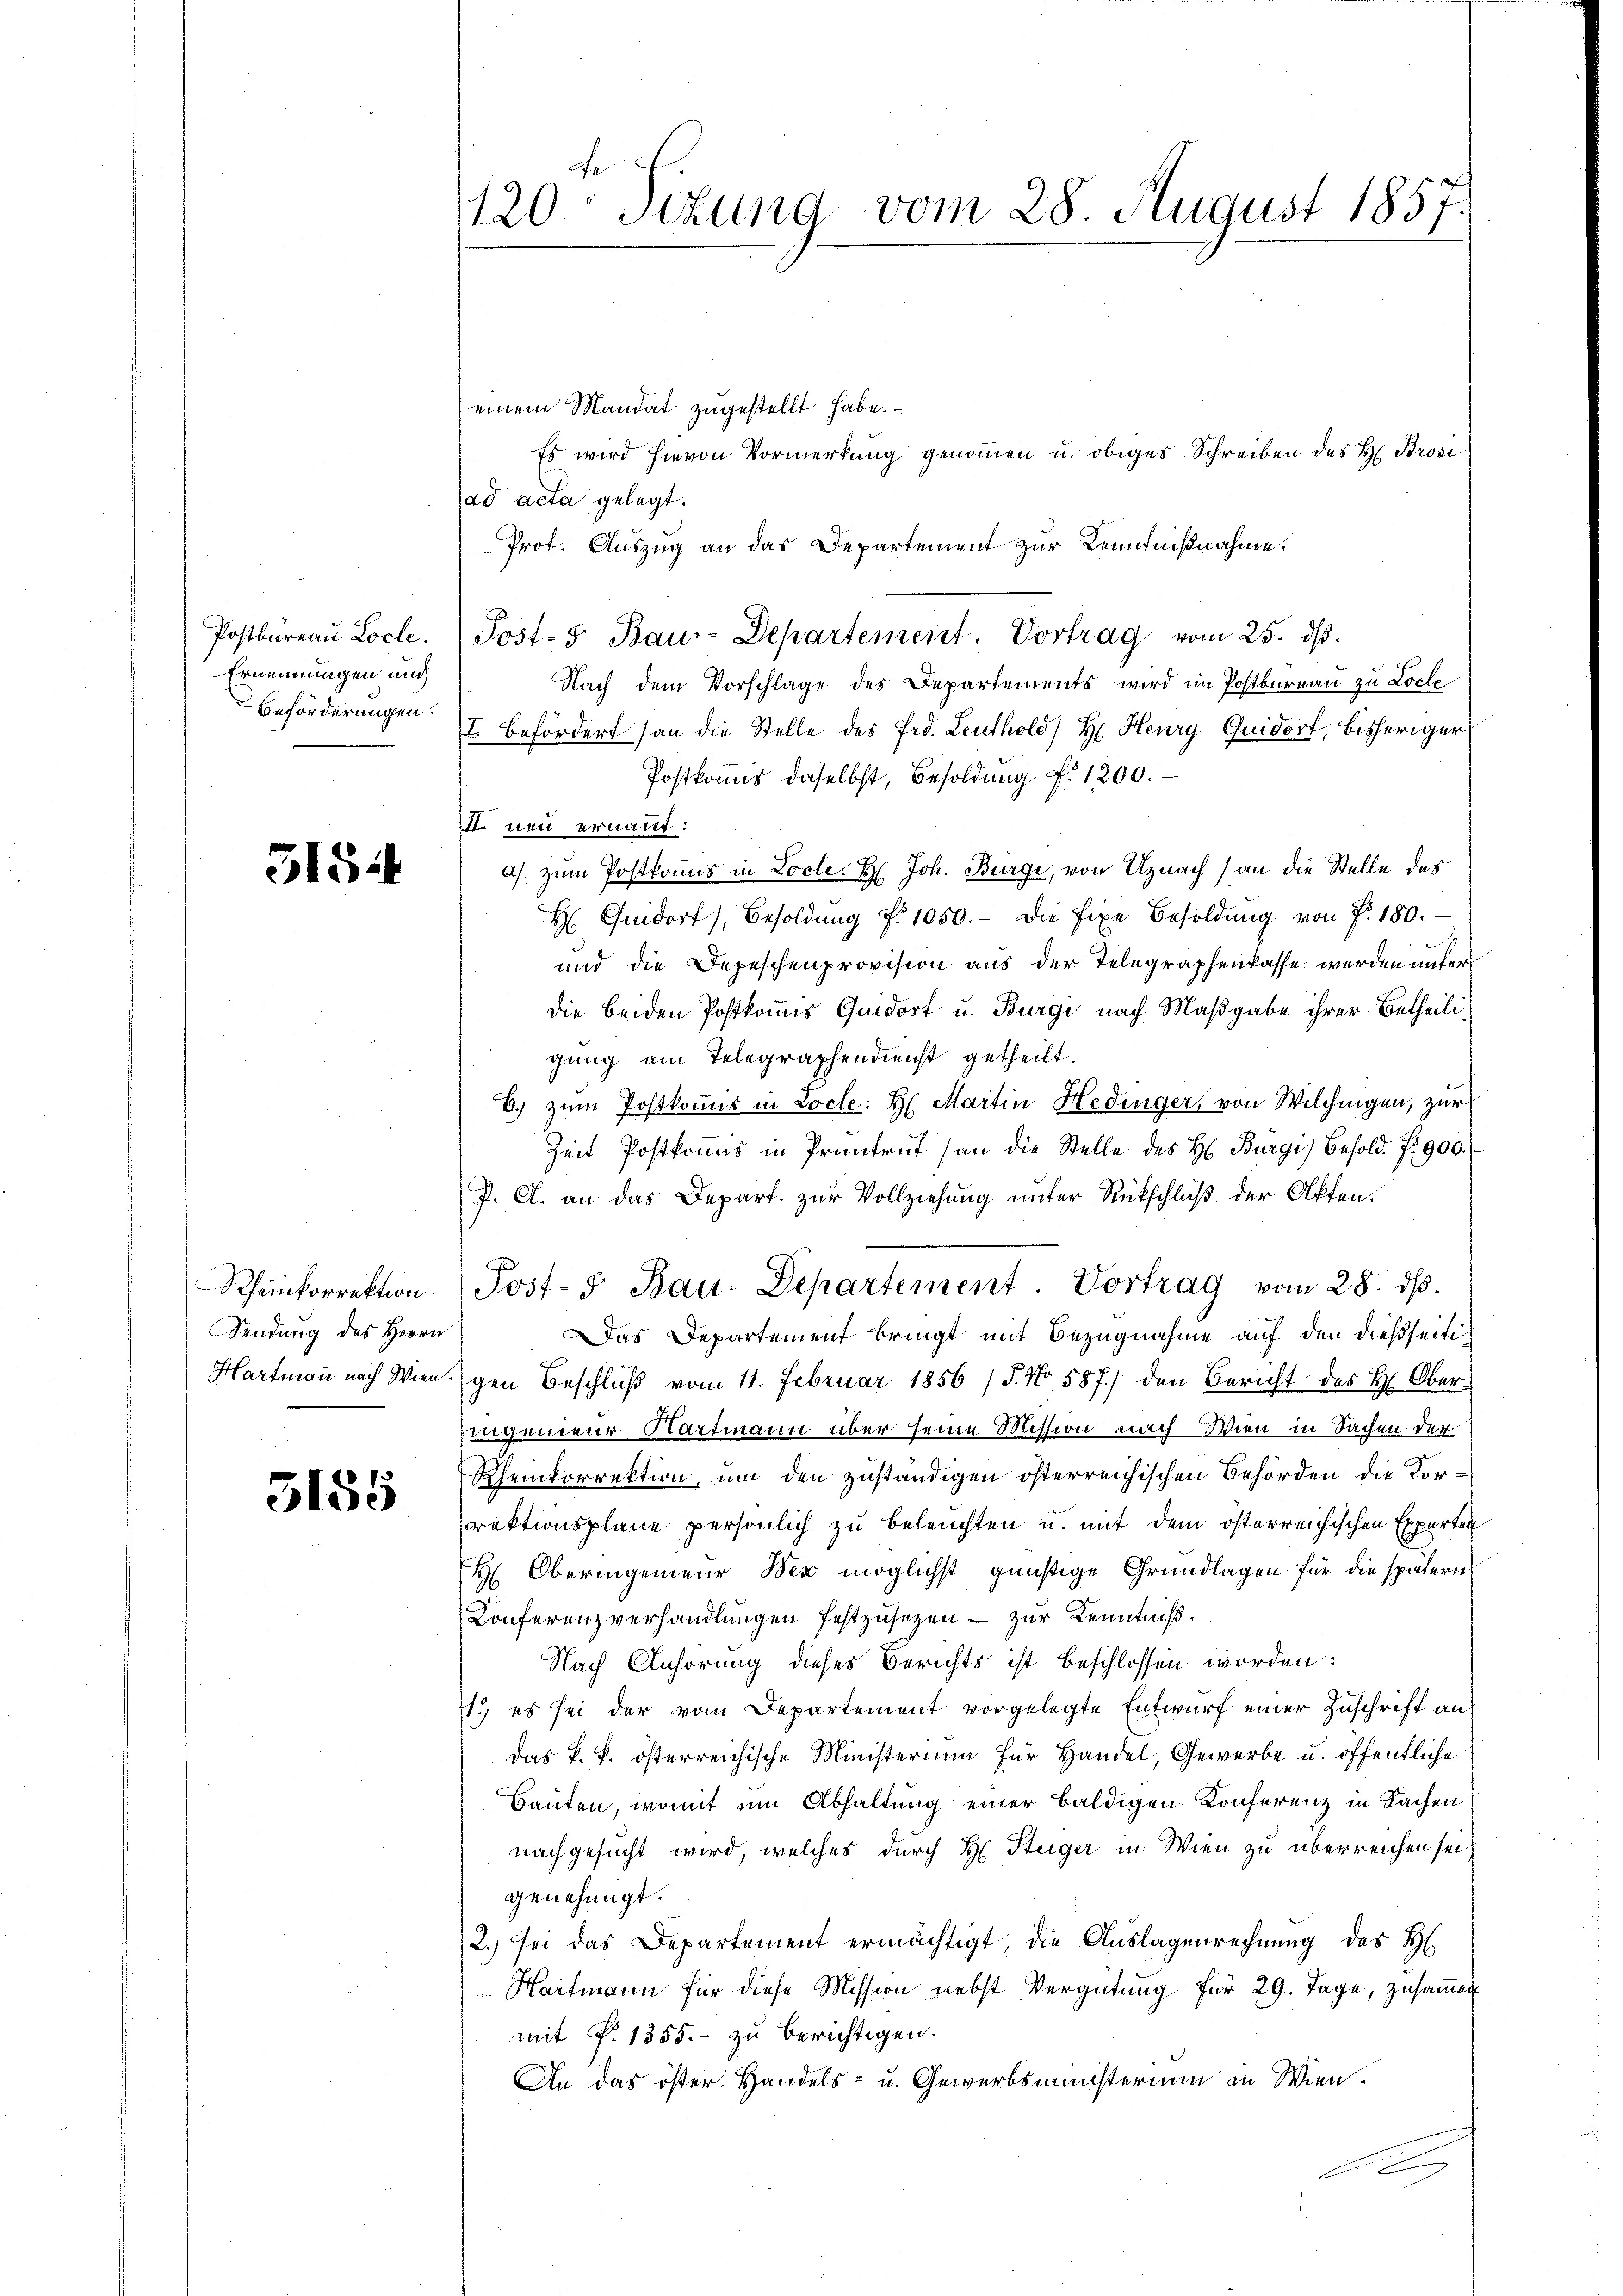
Ernennungen auch
Beförderungen.

5154

Prof. Auszug an das Departement zur Kenntnißnahme.
Postbüreaŭ Loche. Post-5 Bau-Departement. Vortrag vom 25. dβ.
Nach dem Vorschlage des Departements wird im Postbureau zu Loche
I Befördert an die Stelle des Prd. Leuthold H. Heury Quidort, bisheriger
Postkommis daselbst, Besoldung f. 1200.
II. neu ernannt:
a) zum Postkommis in Locle. H. Joh. Bürgi, von Uznach an die Stelle des
H. Quidorf), Besoldŭng No 1050.- Die fixe Besoldŭng von Fr. 180.
und die Depeschenprovision aus der Telegraphenkasse werden unter
die beiden Postkommis Quidort u. Bürgi nach Maßgabe ihrer Betheiligung am Telegraphendienst getheilt.
6. zum Postkommis in Locle: H. Martin Hedinger, von Wilchingen, zur
Zeit Postkoṁis in Prüntrŭf (an die Stelle des H. Bürgi) Besold. P. 900.
P. C. an das Depart. zur Vollziehung unter Rückschluß der Akten.
Das Departement bringt mit Bezugnahme auf den dießseiti¬
Hartmaṅ nach Wien gen Beschlŭβ vom 11. Februar 1856 /5. No. 587.) den Bericht des H. Ober-
Eingenieur Hartmann über seine Mission nach Wien in Sachen der
Rheinkorrektion, um den zuständigen österreichischen Behörden die Korrektionsplane persönlich zu beleuchten u. mit dem österreichischen Experten
H Oberingenieur der möglichst günstige Grundlagen für die spätern
Konferenzverhandlungen festzusetzen – zur Kenntniß.
Nach Anhörung dieses Berichts ist beschlossen worden:
1.) es sei der vom Departement vorgelegte Entwurf einer Zuschrift an
Das k. k. österreichische Ministerium für Handel, Gewerbe u. öffentliche
Bauten, womit um Abhaltung einer baldigen Konferenz in Sachen
nachgesucht wird, welches durch H. Steiger in Wien zu überreichen sei,
genehmigt.
2.) sei das Departement ermächtigt, die Auslagenrechnung des H
Hartmann für diese Mission nebst Vergütung für 29. Tage, zusammen
mit P. 1355. - zu berichtigen.
An das öster. Handels- u. Gewerbsministerium in Wien.

Sendung des Herrn

3155

Fe
120 Sizung vom 28. August 1857.
einem Mandat zugestellt habe.
Es wird hievon Vormerkung genommen u. obiges Schreiben des H. Brosi
ad acta gelegt.

Rheinkorrektion. Post- & Bau-Departement. Vortrag vom 28. dβ.